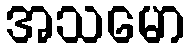
အသမော